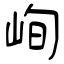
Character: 峋